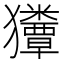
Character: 𰡬